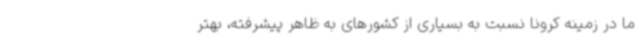
ما در زمینه کرونا نسبت به بسیاری از کشورهای به ظاهر پیشرفته، بهتر